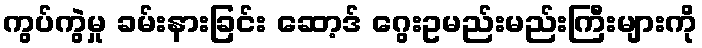
ကွပ်ကွဲမှု ခမ်းနားခြင်း ဆော့ဒ် ဂွေးဥမည်းမည်းကြီးများကို